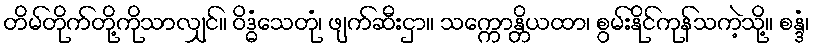
တိမ်တိုက်တို့ကိုသာလျှင်။ ဝိဒ္ဓံသေတုံ၊ ဖျက်ဆီးငှာ။ သက္ကောန္တိယထာ၊ စွမ်းနိုင်ကုန်သကဲ့သို့။ စန္ဒံ၊